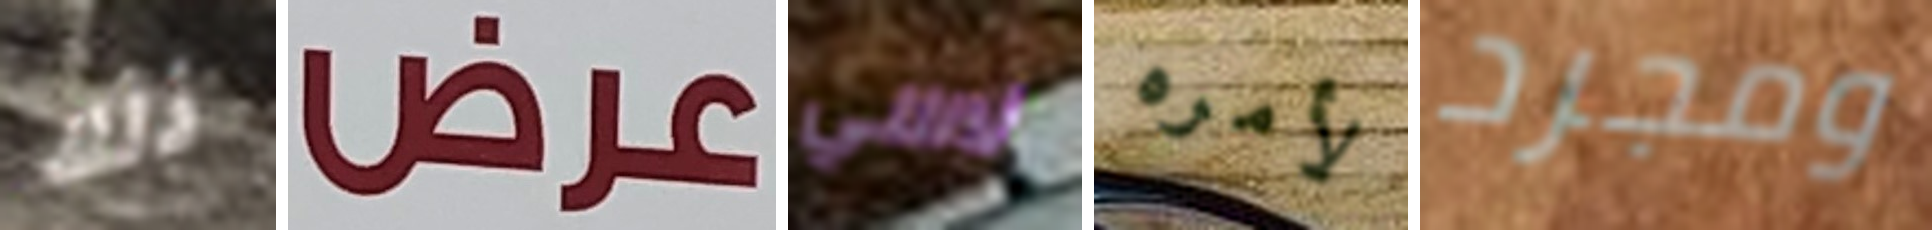
ذلك عرض لاسي لأمره ومجرد